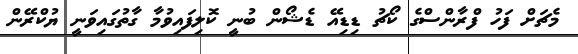
މެޗަށް ފަހު ފްރާންސްގެ ކޯޗު ޑިޑިއޭ ޑެޝޯން ބުނީ ކޮލިފައިވުމާ ގާތުގައިވަނީ ޔުކްރޭން